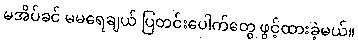
မအိပ်ခင် မမရေချယ် ပြတင်းပေါက်တွေ ဖွင့်ထားခဲ့မယ်။